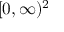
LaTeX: [ 0 , \infty ) ^ { 2 }